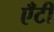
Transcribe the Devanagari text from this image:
एँटी